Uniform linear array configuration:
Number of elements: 12
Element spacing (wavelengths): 0.25
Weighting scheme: cosine
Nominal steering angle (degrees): -15
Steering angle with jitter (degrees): -14.247
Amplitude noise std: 0.05
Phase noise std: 0.05

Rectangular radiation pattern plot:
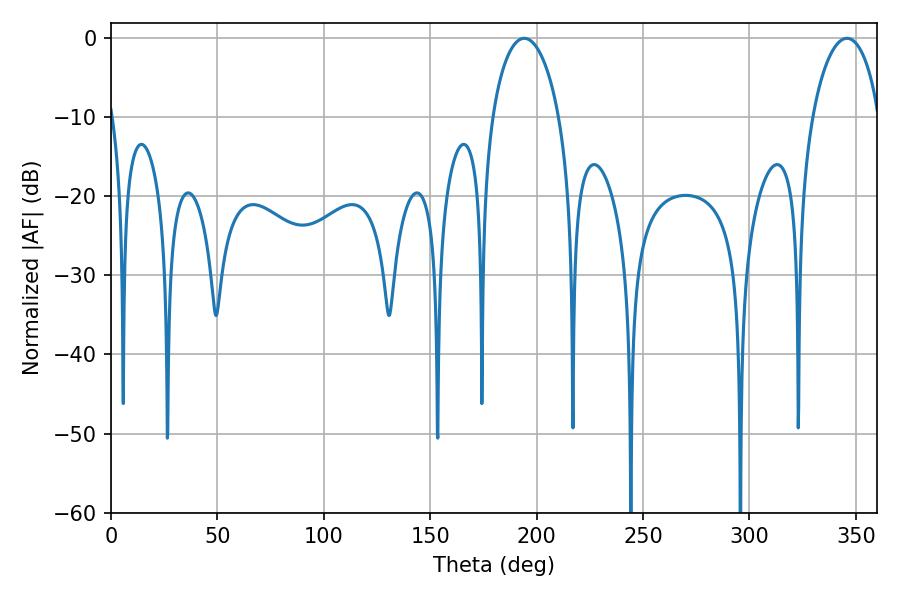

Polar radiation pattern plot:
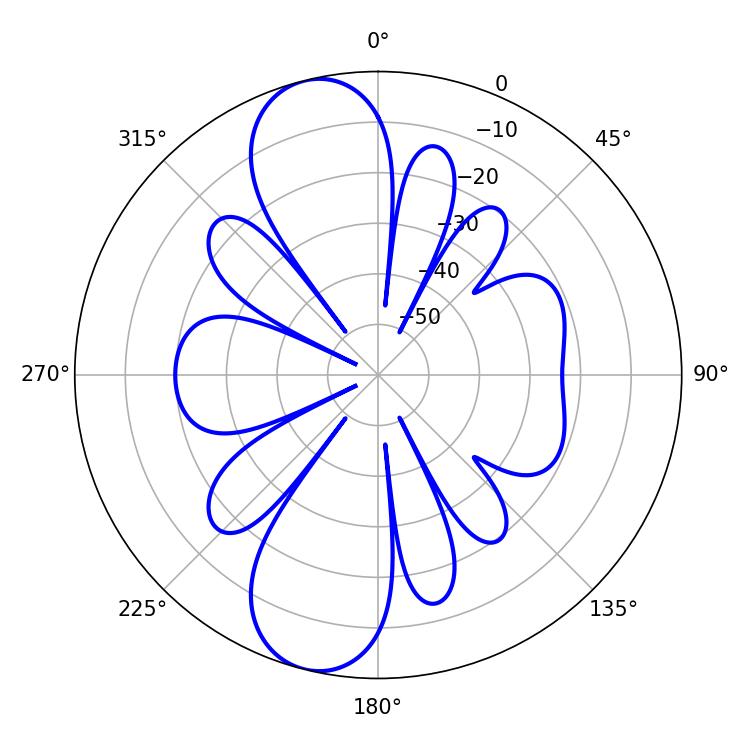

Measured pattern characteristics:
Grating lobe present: FALSE
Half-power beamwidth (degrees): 18
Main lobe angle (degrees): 194.22